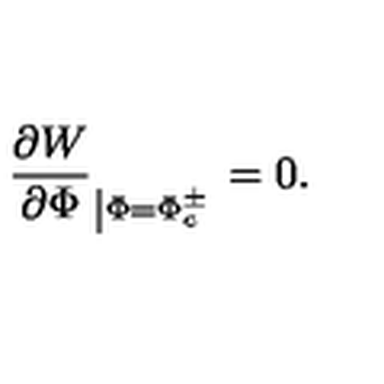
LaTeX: \frac { \partial W } { \partial \Phi } _ { \left| \Phi = \Phi _ { c } ^ { \pm } \right. } = 0 .